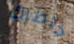
خاطرك